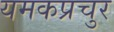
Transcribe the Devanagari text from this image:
यमकप्रचुर